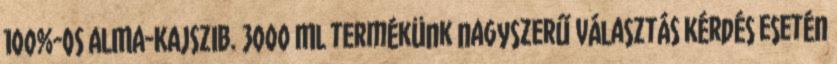
100%-OS ALMA-KAJSZIB. 3000 ML termékünk nagyszerű választás Kérdés esetén